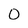
Character: 0